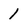
Character: 1